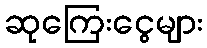
ဆုကြေးငွေများ